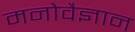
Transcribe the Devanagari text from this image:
मनोवैज्ञान